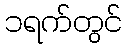
၁ရက်တွင်